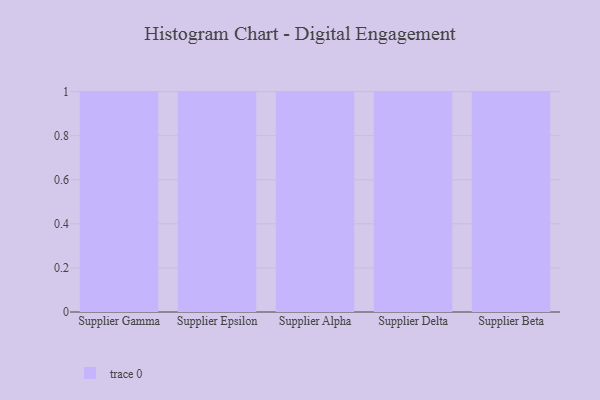
{"axis": {"x": "Supplier", "y": "Energy Usage (MWh)"}, "legend": [""], "data": [{"x": "Supplier Gamma", "y": 45, "type": ""}, {"x": "Supplier Epsilon", "y": 81, "type": ""}, {"x": "Supplier Alpha", "y": 21, "type": ""}, {"x": "Supplier Delta", "y": 36, "type": ""}, {"x": "Supplier Beta", "y": 17, "type": ""}]}